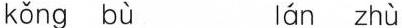
kǒng bù lán zhù